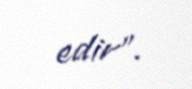
edir”.